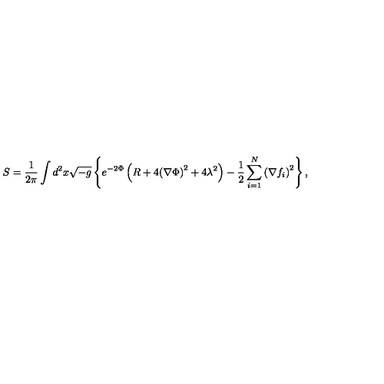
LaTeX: S = { \frac { 1 } { 2 \pi } } \int d ^ { 2 } x \sqrt { - g } \left\{ e ^ { - 2 \Phi } \left( R + 4 { \left( \nabla \Phi \right) } ^ { 2 } + 4 \lambda ^ { 2 } \right) - { \frac { 1 } { 2 } } \sum _ { i = 1 } ^ { N } { \left( \nabla f _ { i } \right) } ^ { 2 } \right\} ,